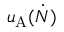
u _ { \mathrm { A } } ( \dot { N } )